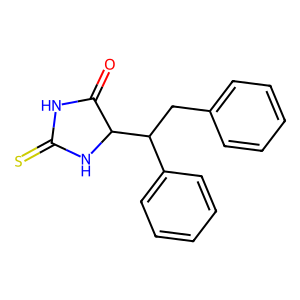
SMILES: O=C1NC(=S)NC1C(Cc1ccccc1)c1ccccc1
Inhibits HIV replication: No